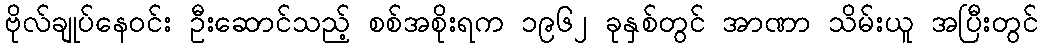
ဗိုလ်ချုပ်နေဝင်း ဦးဆောင်သည့် စစ်အစိုးရက ၁၉၆၂ ခုနှစ်တွင် အာဏာ သိမ်းယူ အပြီးတွင်